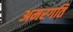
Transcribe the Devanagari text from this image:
अमरगति